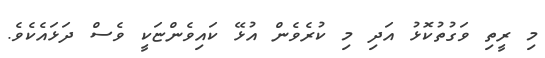
މި ރީތި ވަގުތުކޮޅު އަދި މި ކުރެވެން އުޅޭ ކައިވެންޏަކީ ވެސް ދަޅައެކެވެ.